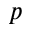
p